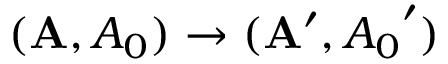
( { \bf A } , { A _ { 0 } } ) \rightarrow ( { \bf A } ^ { \prime } , { A _ { 0 } } ^ { \prime } )